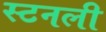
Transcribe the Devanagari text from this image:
स्टनली